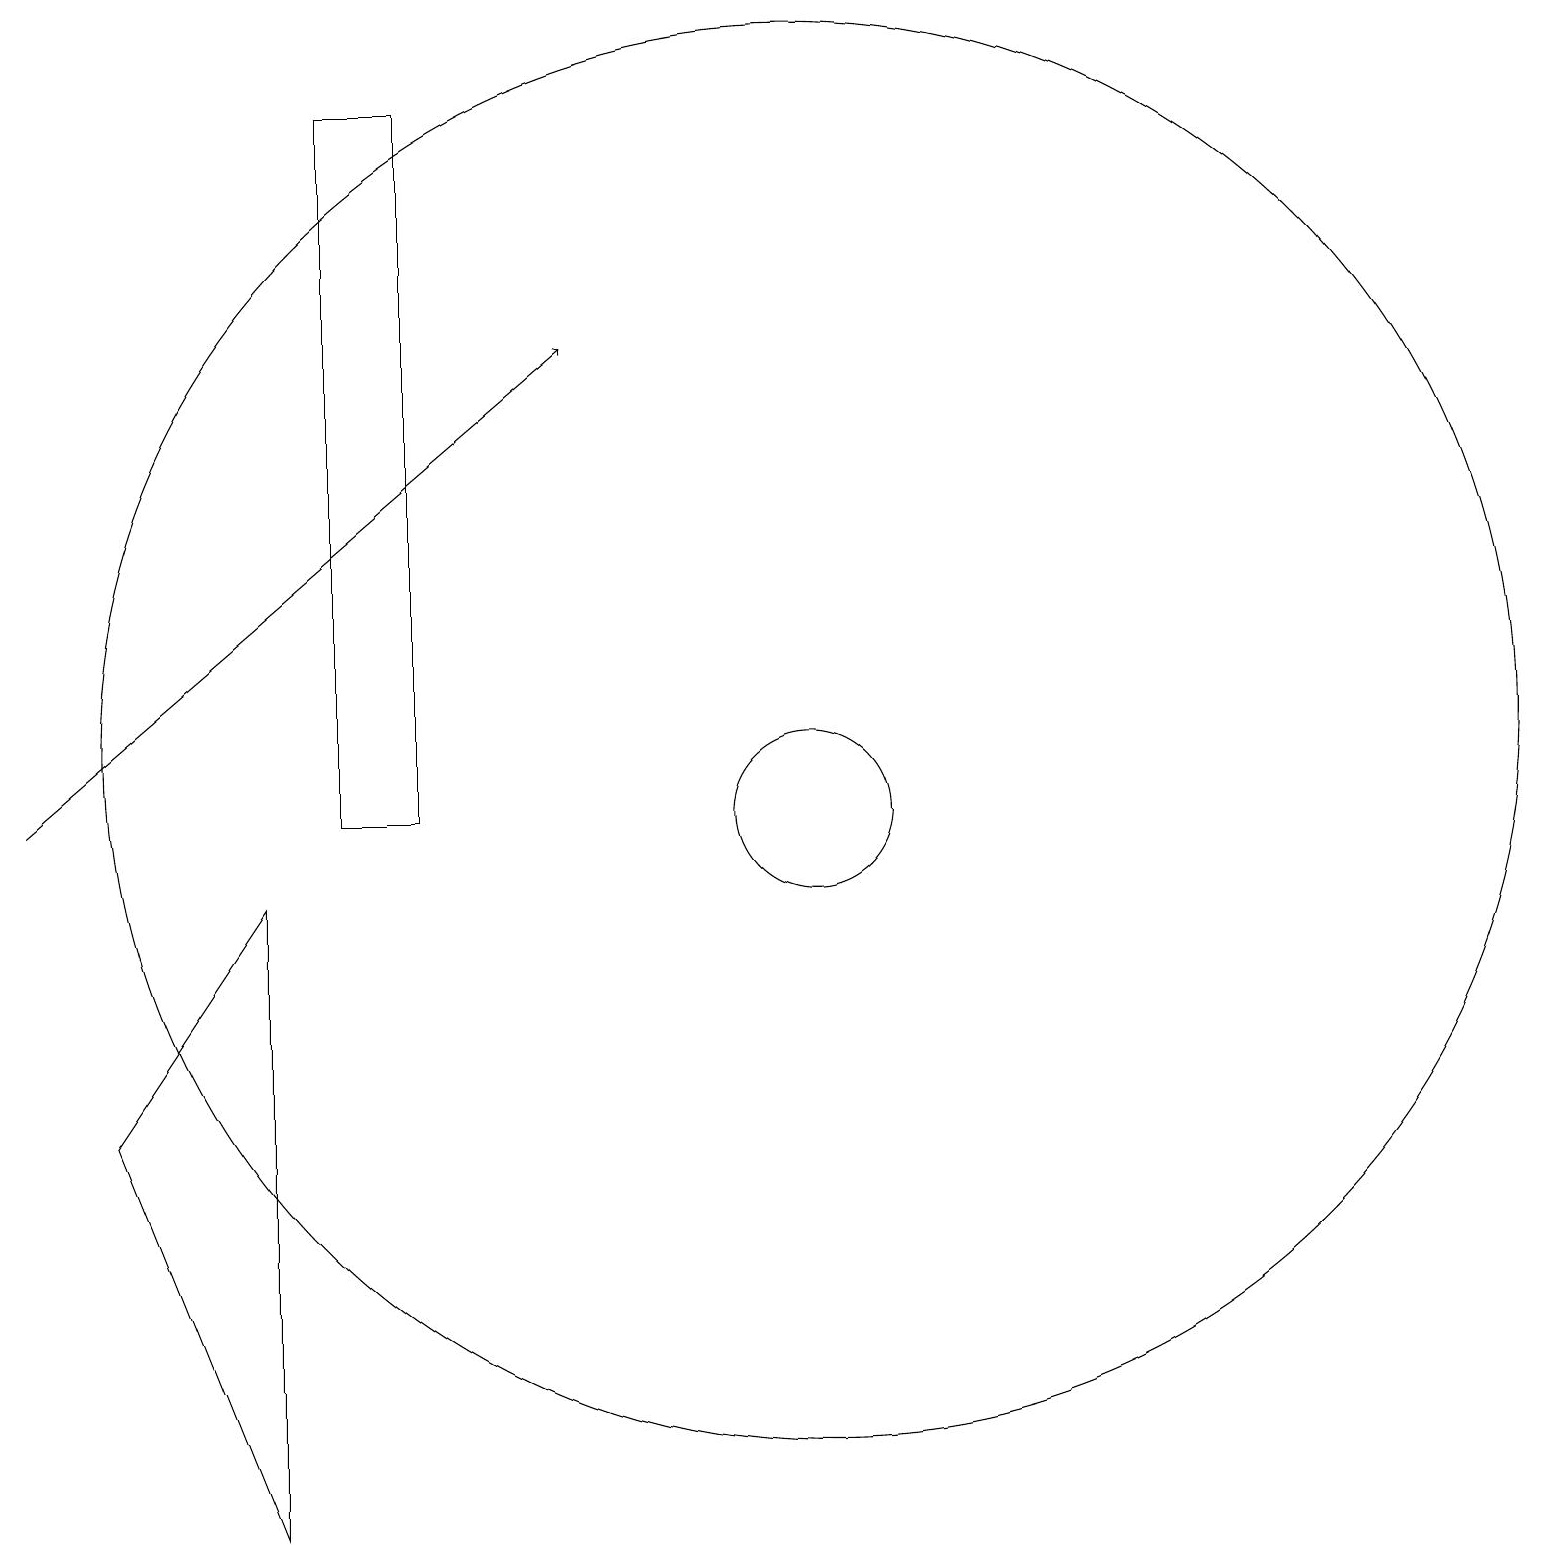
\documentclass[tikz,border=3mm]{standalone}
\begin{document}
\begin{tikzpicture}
\draw[->] (0,10) -- (7,16);
\draw (1,6) -- (3,9) -- (3,1) -- cycle;
\draw (10,10) circle (1);
\draw (10,11) circle (9);
\draw (4,19) rectangle (5,10);
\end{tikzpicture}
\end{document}